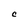
Character: C